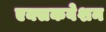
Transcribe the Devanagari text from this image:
एक्सकवेशन